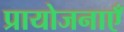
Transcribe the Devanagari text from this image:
प्रायोजनाएँ